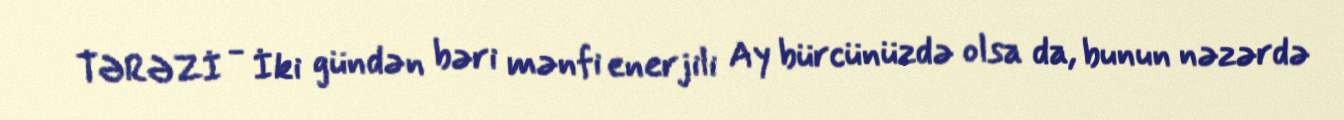
TƏRƏZİ - İki gündən bəri mənfi enerjili Ay bürcünüzdə olsa da, bunun nəzərdə